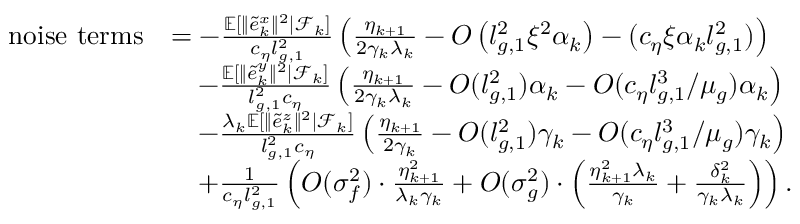
\begin{array} { r l } { \mathrm { n o i s e ~ t e r m s } } & { = - \frac { \mathbb { E } [ \| \tilde { e } _ { k } ^ { x } \| ^ { 2 } | \mathcal { F } _ { k } ] } { c _ { \eta } l _ { g , 1 } ^ { 2 } } \left( \frac { \eta _ { k + 1 } } { 2 \gamma _ { k } \lambda _ { k } } - O \left( l _ { g , 1 } ^ { 2 } \xi ^ { 2 } \alpha _ { k } \right) - ( c _ { \eta } \xi \alpha _ { k } l _ { g , 1 } ^ { 2 } ) \right) } \\ & { \quad - \frac { \mathbb { E } [ \| \tilde { e } _ { k } ^ { y } \| ^ { 2 } | \mathcal { F } _ { k } ] } { l _ { g , 1 } ^ { 2 } c _ { \eta } } \left( \frac { \eta _ { k + 1 } } { 2 \gamma _ { k } \lambda _ { k } } - O ( l _ { g , 1 } ^ { 2 } ) \alpha _ { k } - O ( c _ { \eta } l _ { g , 1 } ^ { 3 } / \mu _ { g } ) \alpha _ { k } \right) } \\ & { \quad - \frac { \lambda _ { k } \mathbb { E } [ \| \tilde { e } _ { k } ^ { z } \| ^ { 2 } | \mathcal { F } _ { k } ] } { l _ { g , 1 } ^ { 2 } c _ { \eta } } \left( \frac { \eta _ { k + 1 } } { 2 \gamma _ { k } } - O ( l _ { g , 1 } ^ { 2 } ) \gamma _ { k } - O ( c _ { \eta } l _ { g , 1 } ^ { 3 } / \mu _ { g } ) \gamma _ { k } \right) } \\ & { \quad + \frac { 1 } { c _ { \eta } l _ { g , 1 } ^ { 2 } } \left( O ( \sigma _ { f } ^ { 2 } ) \cdot \frac { \eta _ { k + 1 } ^ { 2 } } { \lambda _ { k } \gamma _ { k } } + O ( \sigma _ { g } ^ { 2 } ) \cdot \left( \frac { \eta _ { k + 1 } ^ { 2 } \lambda _ { k } } { \gamma _ { k } } + \frac { \delta _ { k } ^ { 2 } } { \gamma _ { k } \lambda _ { k } } \right) \right) . } \end{array}